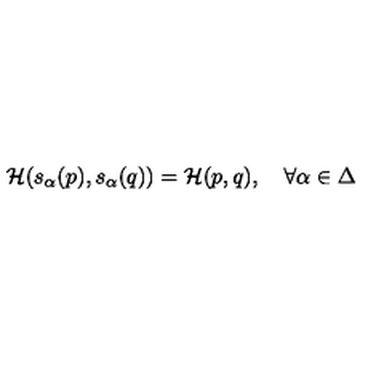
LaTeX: { \cal H } ( s _ { \alpha } ( p ) , s _ { \alpha } ( q ) ) = { \cal H } ( p , q ) , \quad \forall \alpha \in \Delta